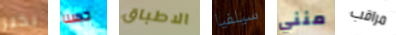
بخير حسنا الاطباق سيلفيا منني مراقب